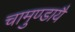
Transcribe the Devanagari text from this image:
चामुण्डायै